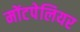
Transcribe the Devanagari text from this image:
मोंटपेलियर